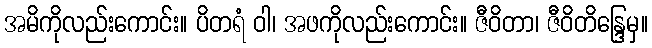
အမိကိုလည်းကောင်း။ ပိတရံ ဝါ၊ အဖကိုလည်းကောင်း။ ဇီဝိတာ၊ ဇီဝိတိန္ဒြေမှ။